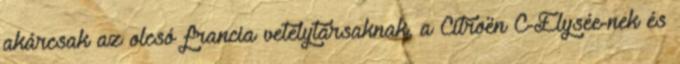
akárcsak az olcsó francia vetélytársaknak, a Citroën C-Élysée-nek és